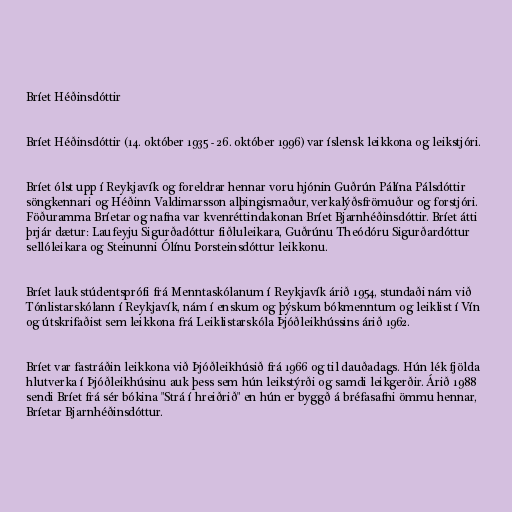
Bríet Héðinsdóttir

Bríet Héðinsdóttir (14. október 1935 - 26. október 1996) var íslensk leikkona og leikstjóri.

Bríet ólst upp í Reykjavík og foreldrar hennar voru hjónin Guðrún Pálína Pálsdóttir
söngkennari og Héðinn Valdimarsson alþingismaður, verkalýðsfrömuður og forstjóri.
Föðuramma Bríetar og nafna var kvenréttindakonan Bríet Bjarnhéðinsdóttir. Bríet átti
þrjár dætur: Laufeyju Sigurðadóttur fiðluleikara, Guðrúnu Theódóru Sigurðardóttur
sellóleikara og Steinunni Ólínu Þorsteinsdóttur leikkonu.

Bríet lauk stúdentsprófi frá Menntaskólanum í Reykjavík árið 1954, stundaði nám við
Tónlistarskólann í Reykjavík, nám í enskum og þýskum bókmenntum og leiklist í Vín
og útskrifaðist sem leikkona frá Leiklistarskóla Þjóðleikhússins árið 1962.

Bríet var fastráðin leikkona við Þjóðleikhúsið frá 1966 og til dauðadags. Hún lék fjölda
hlutverka í Þjóðleikhúsinu auk þess sem hún leikstýrði og samdi leikgerðir. Árið 1988
sendi Bríet frá sér bókina "Strá í hreiðrið" en hún er byggð á bréfasafni ömmu hennar,
Bríetar Bjarnhéðinsdóttur.